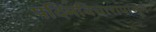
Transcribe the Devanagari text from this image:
पदिमविचारापासून